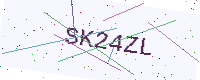
Text: SK24ZL